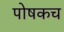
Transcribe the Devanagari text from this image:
पोषकच